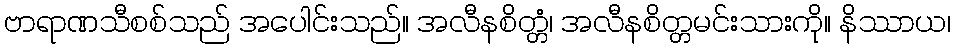
ဗာရာဏသီစစ်သည် အပေါင်းသည်။ အလီနစိတ္တံ၊ အလီနစိတ္တမင်းသားကို။ နိဿာယ၊